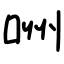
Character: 㖄